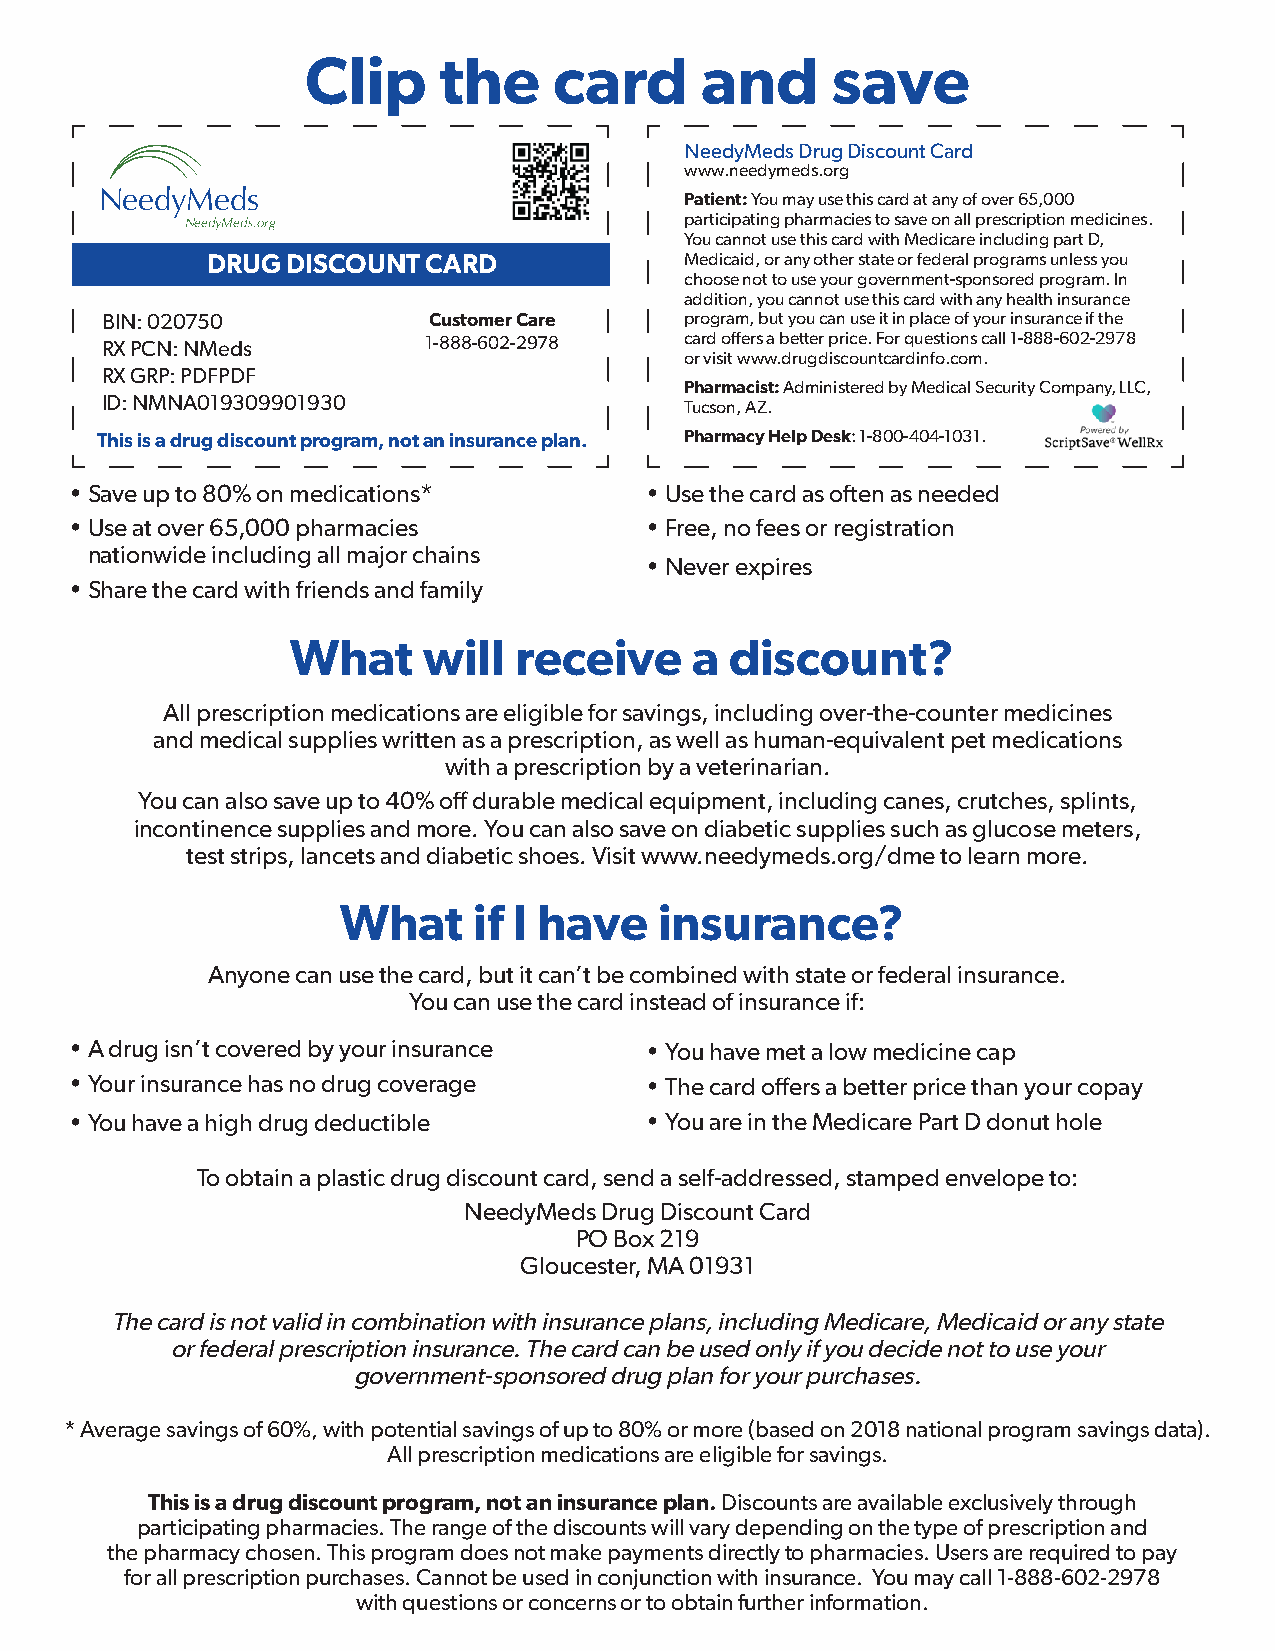
Clip     the     card     and      save
 NeedyMeds Drug Discount Card
 www.needymeds.org
 NeedyMeds                             Patient: You may use this card at any of over 65,000
 NeedyMeds.org                    participating pharmacies to save on all prescription medicines.
 You cannot use this card with Medicare including part D,
 DRUG DISCOUNT CARD             Medicaid, or any other state or federal programs unless you
 choose not to use your government-sponsored program. In
 addition, you cannot use this card with any health insurance
 BIN: 020750          Customer Care    program, but you can use it in place of your insurance if the
 RX PCN: NMeds        1-888-602-2978   card offers a better price. For questions call 1-888-602-2978
 or visit www.drugdiscountcardinfo.com.
 RX GRP: PDFPDF
 Pharmacist: Administered by Medical Security Company, LLC,
 ID: NMNA019309901930                  Tucson, AZ.
 This is a drug discount program, not an insurance plan. Pharmacy Help Desk: 1-800-404-1031.
 •Save up to 80% on medications*       •Use the card as often as needed
 •Use at over 65,000 pharmacies        •Free, no fees or registration
 nationwide including all major chains
 •Never expires
 •Share the card with friends and family
 What     will  receive     a discount?
 All prescription medications are eligible for savings, including over-the-counter medicines
 and medical supplies written as a prescription, as well as human-equivalent pet medications
 with a prescription by a veterinarian.
 You can also save up to 40% off durable medical equipment, including canes, crutches, splints,
 incontinence supplies and more. You can also save on diabetic supplies such as glucose meters,
 test strips, lancets and diabetic shoes. Visit www.needymeds.org/dme to learn more.
 What    if I have    insurance?
 Anyone can use the card, but it can’t be combined with state or federal insurance.
 You can use the card instead of insurance if:
 •A drug isn’t covered by your insurance •You have met a low medicine cap
 •Your insurance has no drug coverage  •The card offers a better price than your copay
 •You have a high drug deductible      •You are in the Medicare Part D donut hole
 To obtain a plastic drug discount card, send a self-addressed, stamped envelope to:
 NeedyMeds Drug Discount Card
 PO Box 219
 Gloucester, MA 01931
 The card is not valid in combination with insurance plans, including Medicare, Medicaid or any state
 or federal prescription insurance. The card can be used only if you decide not to use your
 government-sponsored drug plan for your purchases.
 *Average savings of 60%, with potential savings of up to 80% or more (based on 2018 national program savings data).
 All prescription medications are eligible for savings.
 This is a drug discount program, not an insurance plan. Discounts are available exclusively through
 participating pharmacies. The range of the discounts will vary depending on the type of prescription and
 the pharmacy chosen. This program does not make payments directly to pharmacies. Users are required to pay
 for all prescription purchases. Cannot be used in conjunction with insurance. You may call 1-888-602-2978
 with questions or concerns or to obtain further information.